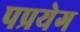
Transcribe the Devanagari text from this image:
पप्रयेग